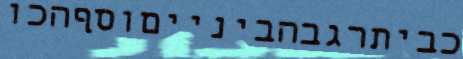
כביתרגבהבינייםוסףהכו